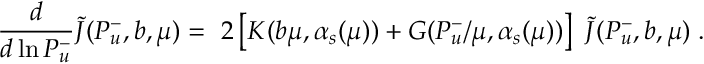
\ \frac { d } { d \ln P _ { u } ^ { - } } { \tilde { J } } ( P _ { u } ^ { - } , b , \mu ) = \ 2 \left[ { \cal K } ( b \mu , \alpha _ { s } ( \mu ) ) + { \cal G } ( P _ { u } ^ { - } / \mu , \alpha _ { s } ( \mu ) ) \right] \ { \tilde { J } } ( P _ { u } ^ { - } , b , \mu ) \; .